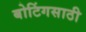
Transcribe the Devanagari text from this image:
बोटिंगसाठी